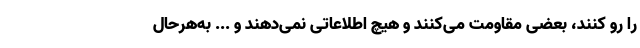
را رو کنند، بعضی مقاومت می‌کنند و هیچ اطلاعاتی نمی‌دهند و ... به‌هرحال